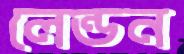
লেন্ডন